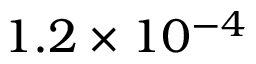
1 . 2 \times 1 0 ^ { - 4 }